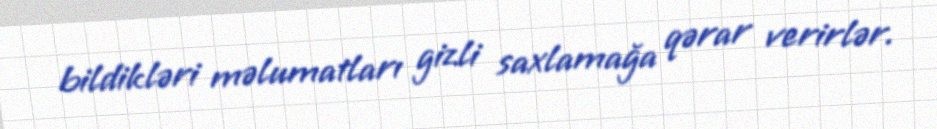
bildikləri məlumatları gizli saxlamağa qərar verirlər.